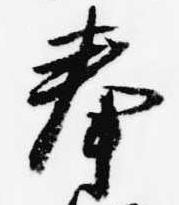
奉